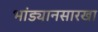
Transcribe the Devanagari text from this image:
भांड्यानसारखा